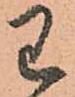
わ